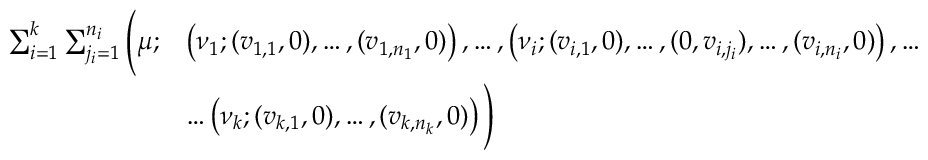
\begin{array} { r l } { \sum _ { i = 1 } ^ { k } \sum _ { j _ { i } = 1 } ^ { n _ { i } } \Bigg ( \mu ; } & { \left( \nu _ { 1 } ; ( v _ { 1 , 1 } , 0 ) , \hdots , ( v _ { 1 , n _ { 1 } } , 0 ) \right) , \hdots , \left( \nu _ { i } ; ( v _ { i , 1 } , 0 ) , \hdots , ( 0 , v _ { i , j _ { i } } ) , \hdots , ( v _ { i , n _ { i } } , 0 ) \right) , \hdots } \\ & { \hdots \left( \nu _ { k } ; ( v _ { k , 1 } , 0 ) , \hdots , ( v _ { k , n _ { k } } , 0 ) \right) \Bigg ) } \end{array}